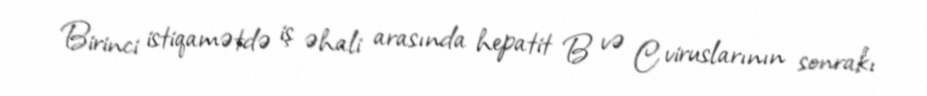
Birinci istiqamətdə iş əhali arasında hepatit B və C viruslarının sonrakı